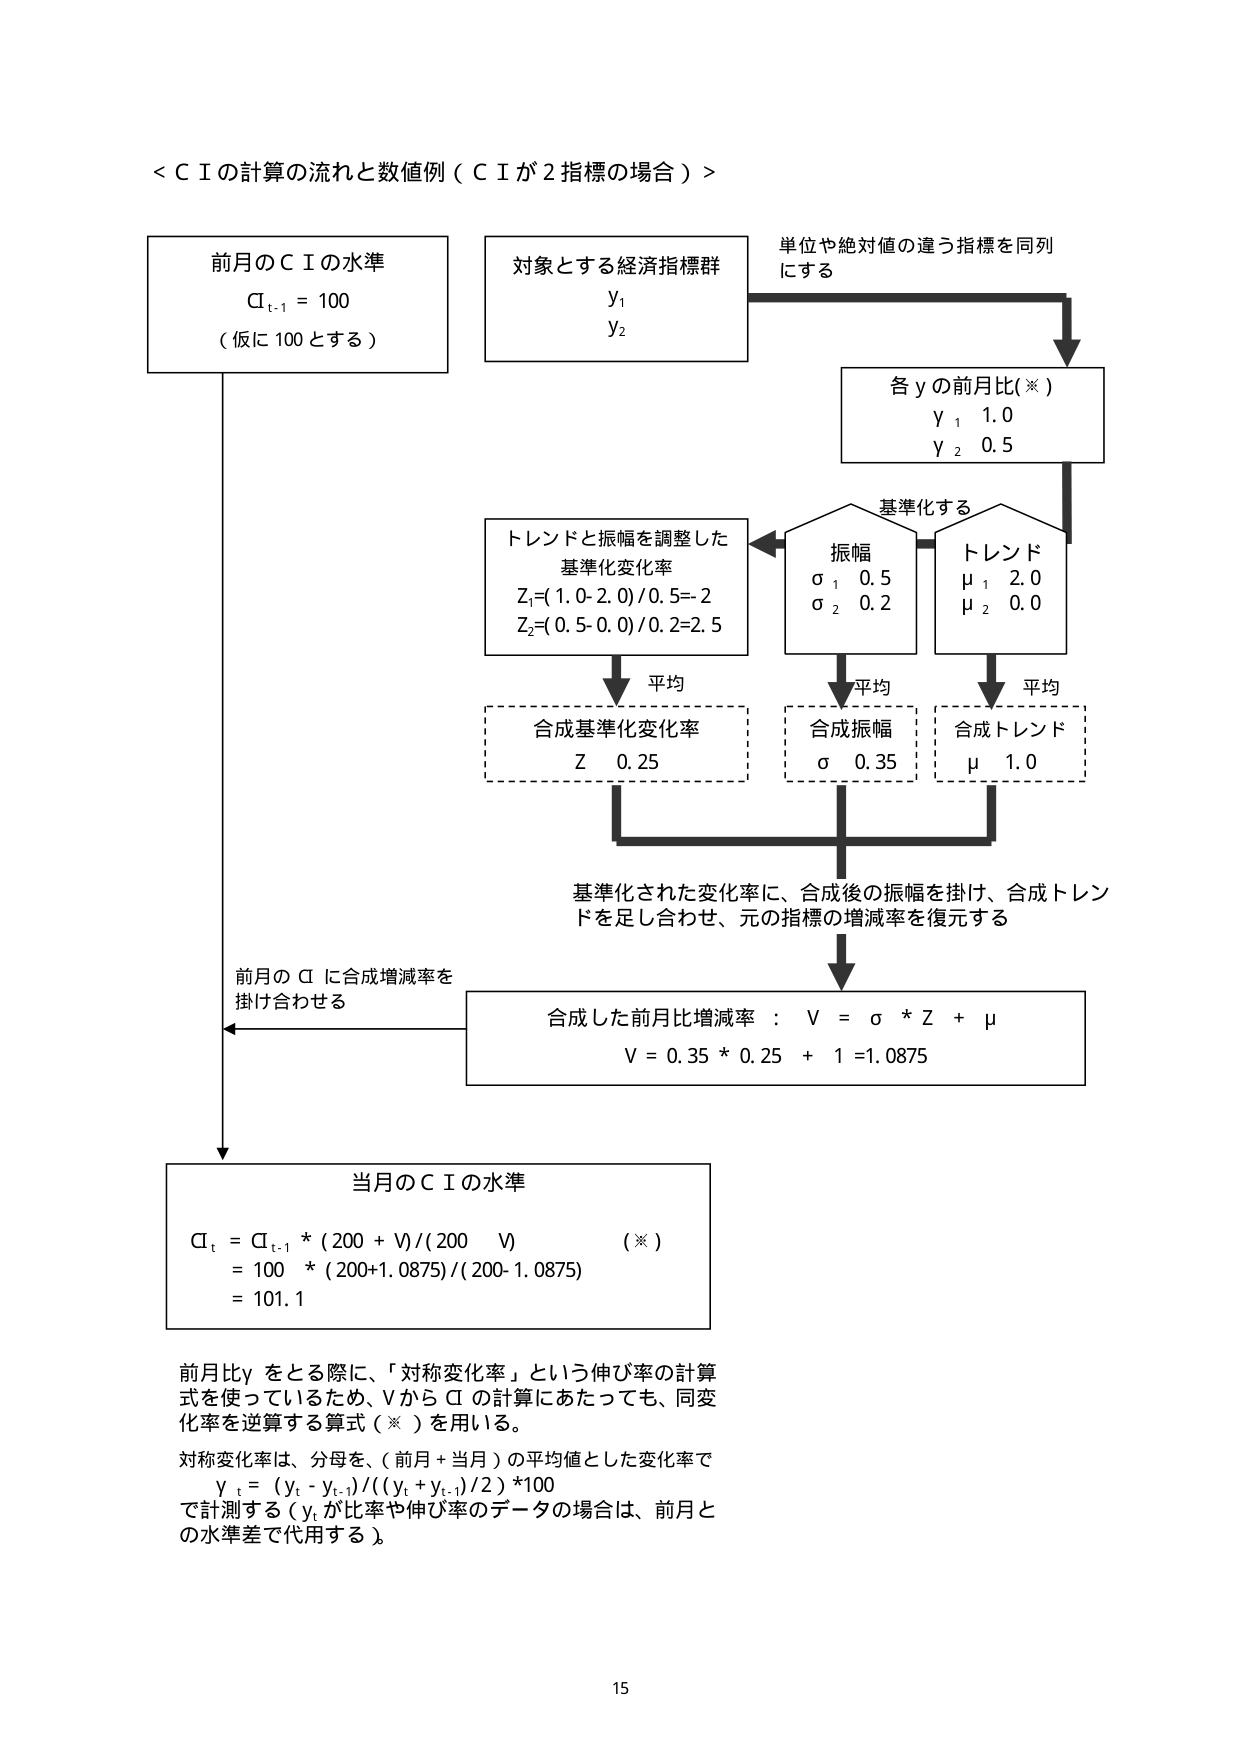
＜ＣＩの計算の流れと数値例（ＣＩが２指標の場合）＞

前月のＣＩの水準
ＣＩｔ-1 = 100
（仮に100とする）

対象とする経済指標群
ｙ1
ｙ2

単位や絶対値の違う指標を同列にする

各ｙの前月比（※）
ｙ1 1.0
ｙ2 0.5

基準化する

トレンドと振幅を調整した
基準化変化率
Ｚ1=(1.0-2.0)/0.5=-2
Ｚ2=(0.5-0.0)/0.2=2.5

振幅
σ1 0.5
σ2 0.2

トレンド
μ1 2.0
μ2 0.0

平均
合成基準化変化率
Ｚ 0.25

平均
合成振幅
σ 0.35

平均
合成トレンド
μ 1.0

基準化された変化率に、合成後の振幅を掛け、合成トレンドを足し合わせ、元の指標の増減率を復元する

合成した前月比増減率：Ｖ＝σ * Ｚ + μ
Ｖ＝0.35 * 0.25 + 1 =1.0875

前月のＣＩに合成増減率を掛け合わせる

当月のＣＩの水準
ＣＩｔ = ＣＩｔ-1 * (200 + Ｖ)/(200 - Ｖ) （※）
= 100 * (200+1.0875)/(200-1.0875)
= 101.1

前月比ｙをとる際に、「対称変化率」という伸び率の計算式を使っているため、ＶからＣＩの計算にあたっても、同変化率を逆算する算式（※）を用いる。
対称変化率は、分母を、（前月＋当月）の平均値とした変化率で
ｙｔ＝(ｙｔ－ｙｔ-1)/(（ｙｔ＋ｙｔ-1）/2) *100
で計測する（ｙｔが比率や伸び率のデータの場合は、前月との水準差で代用する）。

15